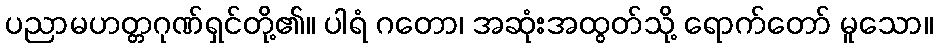
ပညာမဟတ္တဂုဏ်ရှင်တို့၏။ ပါရံ ဂတော၊ အဆုံးအထွတ်သို့ ရောက်တော် မူသော။